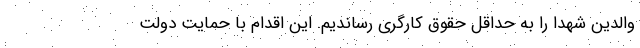
والدین شهدا را به حداقل حقوق کارگری رساندیم. این اقدام با حمایت دولت